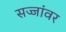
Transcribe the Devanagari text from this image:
सज्जांवर